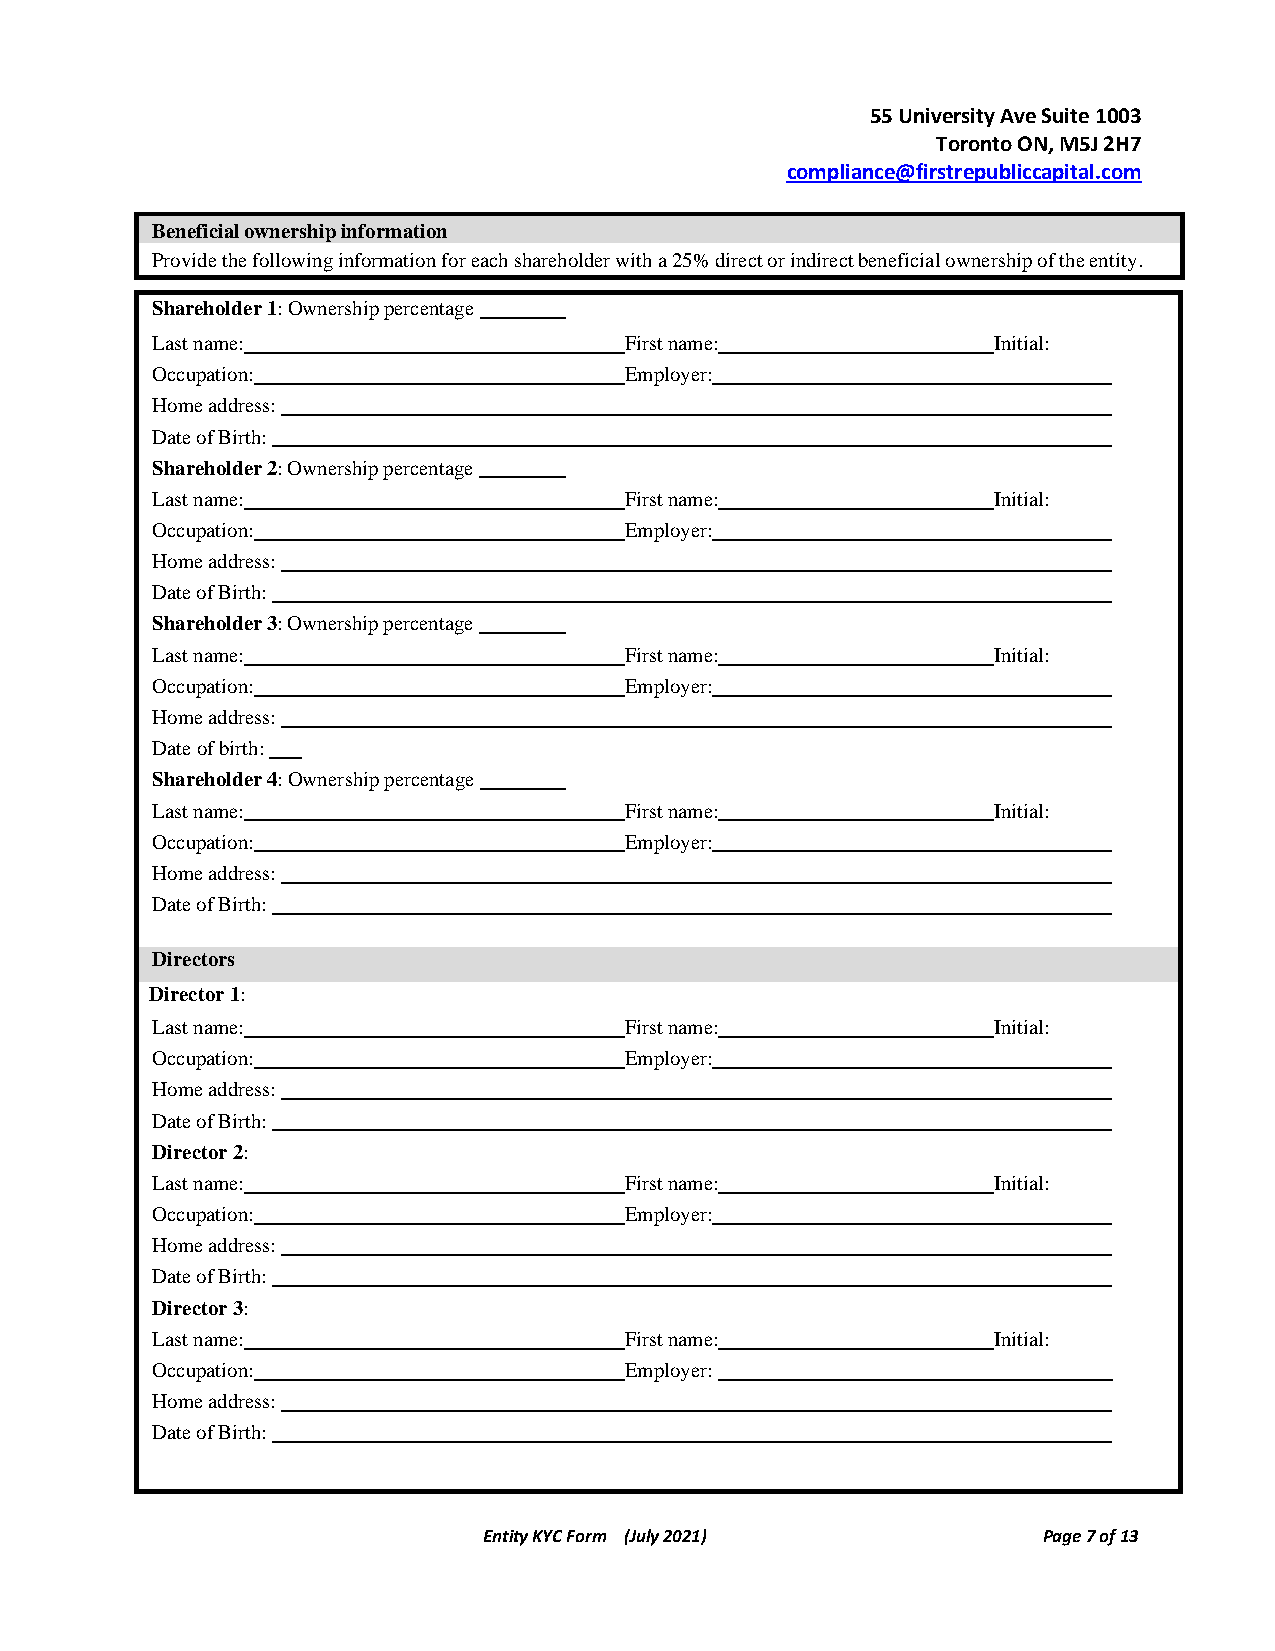
55 University Ave Suite 1003
 Toronto ON, M5J 2H7
 compliance@firstrepubliccapital.com
 Beneficial ownership information
 Provide the following information for each shareholder with a 25% direct or indirect beneficial ownership of the entity.
 Shareholder 1: Ownership percentage
 Last name:                     First name:              Initial:
 Occupation:                    Employer:
 Home address:
 Date of Birth:
 Shareholder 2: Ownership percentage
 Last name:                     First name:              Initial:
 Occupation:                    Employer:
 Home address:
 Date of Birth:
 Shareholder 3: Ownership percentage
 Last name:                     First name:              Initial:
 Occupation:                    Employer:
 Home address:
 Date of birth:
 Shareholder 4: Ownership percentage
 Last name:                     First name:              Initial:
 Occupation:                    Employer:
 Home address:
 Date of Birth:
 Directors
 Director 1:
 Last name:                     First name:              Initial:
 Occupation:                    Employer:
 Home address:
 Date of Birth:
 Director 2:
 Last name:                     First name:              Initial:
 Occupation:                    Employer:
 Home address:
 Date of Birth:
 Director 3:
 Last name:                     First name:              Initial:
 Occupation:                    Employer:
 Home address:
 Date of Birth:
 Entity KYC Form (July 2021)          Page 7 of 13